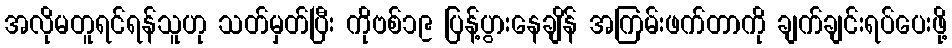
အလိုမတူရင်ရန်သူဟု သတ်မှတ်ပြီး ကိုဗစ်၁၉ ပြန့်ပွားနေချိန် အကြမ်းဖက်တာကို ချက်ချင်းရပ်ပေးဖို့